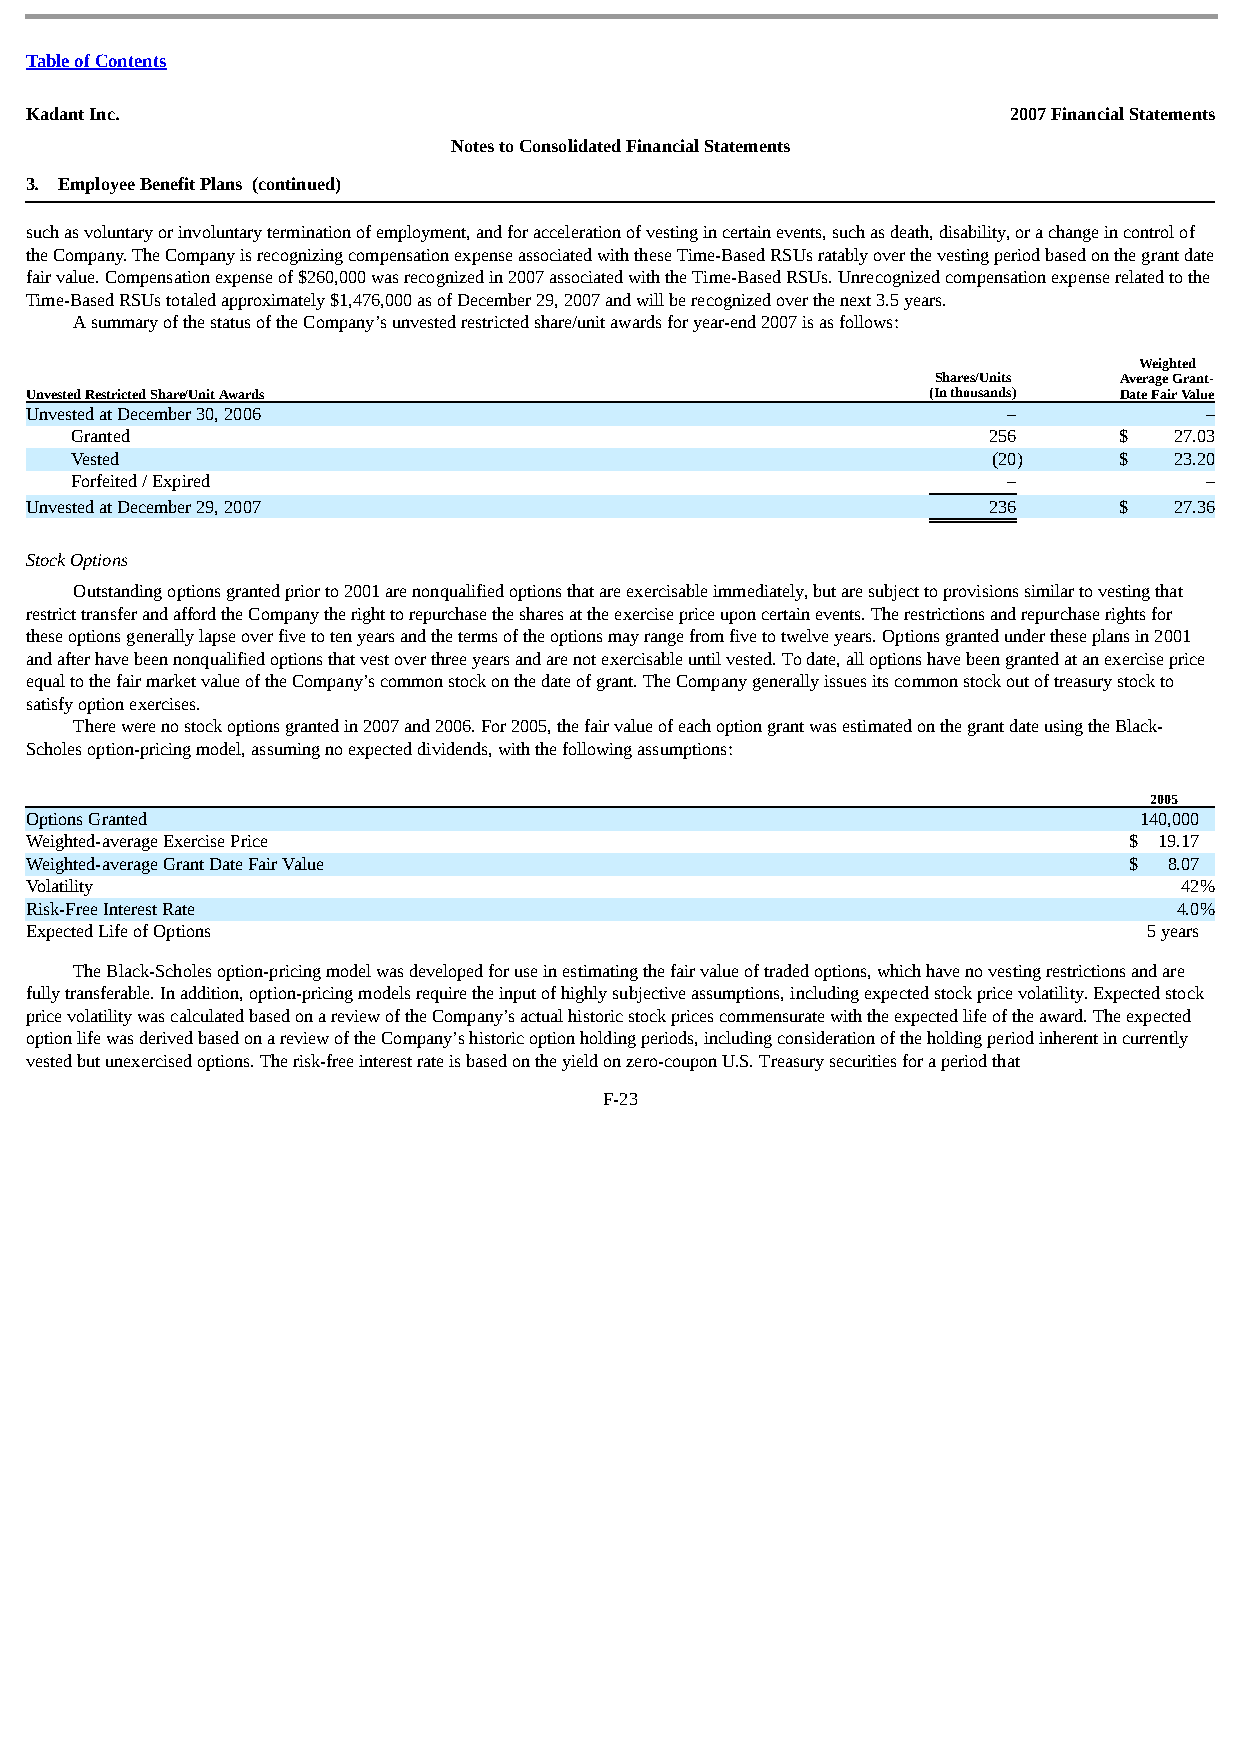
Table of Contents
 Kadant Inc.                                                      2007 Financial Statements
 Notes to Consolidated Financial Statements
 3. Employee Benefit Plans (continued)
 such as voluntary or involuntary termination of employment, and for acceleration of vesting in certain events, such as death, disability, or a change in control of
 the Company. The Company is recognizing compensation expense associated with these Time-Based RSUs ratably over the vesting period based on the grant date
 fair value. Compensation expense of $260,000 was recognized in 2007 associated with the Time-Based RSUs. Unrecognized compensation expense related to the
 Time-Based RSUs totaled approximately $1,476,000 as of December 29, 2007 and will be recognized over the next 3.5 years.
 A summary of the status of the Company’s unvested restricted share/unit awards for year-end 2007 is as follows:
 Weighted
 Shares/Units Average Grant-
 Unvested Restricted Share/Unit Awards                       (In thousands) Date Fair Value
 Unvested at December 30, 2006                                    –            –
 Granted                                                     256      $   27.03
 Vested                                                       (20)    $   23.20
 Forfeited / Expired                                           –            –
 Unvested at December 29, 2007                                  236      $   27.36
 Stock Options
 Outstanding options granted prior to 2001 are nonqualified options that are exercisable immediately, but are subject to provisions similar to vesting that
 restrict transfer and afford the Company the right to repurchase the shares at the exercise price upon certain events. The restrictions and repurchase rights for
 these options generally lapse over five to ten years and the terms of the options may range from five to twelve years. Options granted under these plans in 2001
 and after have been nonqualified options that vest over three years and are not exercisable until vested. To date, all options have been granted at an exercise price
 equal to the fair market value of the Company’s common stock on the date of grant. The Company generally issues its common stock out of treasury stock to
 satisfy option exercises.
 There were no stock options granted in 2007 and 2006. For 2005, the fair value of each option grant was estimated on the grant date using the Black-
 Scholes option-pricing model, assuming no expected dividends, with the following assumptions:
 2005
 Options Granted                                                          140,000
 Weighted-average Exercise Price                                          $ 19.17
 Weighted-average Grant Date Fair Value                                   $ 8.07
 Volatility                                                                  42%
 Risk-Free Interest Rate                                                     4.0%
 Expected Life of Options                                                  5 years
 The Black-Scholes option-pricing model was developed for use in estimating the fair value of traded options, which have no vesting restrictions and are
 fully transferable. In addition, option-pricing models require the input of highly subjective assumptions, including expected stock price volatility. Expected stock
 price volatility was calculated based on a review of the Company’s actual historic stock prices commensurate with the expected life of the award. The expected
 option life was derived based on a review of the Company’s historic option holding periods, including consideration of the holding period inherent in currently
 vested but unexercised options. The risk-free interest rate is based on the yield on zero-coupon U.S. Treasury securities for a period that
 F-23